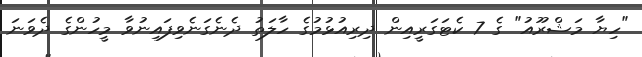
"ހިޔާ މަޝްރޫއު" ގެ 7 ކެޓަގަރީއިން ދިރިއުޅުމުގެ ހާލަތު ދެނެގަނެވިފައިނުވާ މީހުންގެ ދެވަނަ